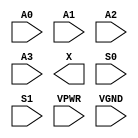
module sky130_fd_sc_hs__mux4 (
    //# {{data|Data Signals}}
    input  A0  ,
    input  A1  ,
    input  A2  ,
    input  A3  ,
    output X   ,

    //# {{control|Control Signals}}
    input  S0  ,
    input  S1  ,

    //# {{power|Power}}
    input  VPWR,
    input  VGND
);
endmodule